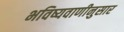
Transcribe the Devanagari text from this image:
भविष्यवाणीनुसार